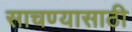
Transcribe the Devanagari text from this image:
साचण्यासाठी